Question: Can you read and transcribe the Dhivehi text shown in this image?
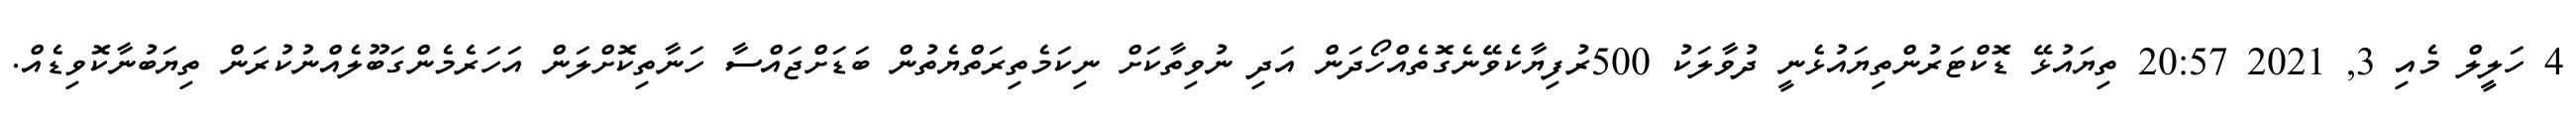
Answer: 4 ހަލީލް މެއި 3, 2021 20:57 ތިޔައުޅޭ ޑޮކްޓަރުންތިޔައުޅެނީ ދުވާލަކު 500ރުފިޔާކެވޭނެގޮތެއްހޯދަން އަދި ނުވިތާކަށް ނިކަމެތިރަތްޔެތުން ބަޑަށްޖައްސާ ހަނާތިކޮށްލަން އަހަރެމެންގަބޫލެއްނުކުރަން ތިޔަބުނާކޮވިޑެއް.